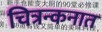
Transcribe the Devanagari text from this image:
चित्रन्कनात